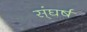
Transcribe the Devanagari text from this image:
स्ंघर्ष